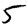
Digit: 5